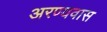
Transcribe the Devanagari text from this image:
अरण्यवास